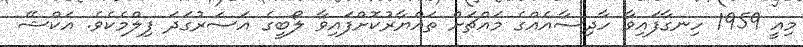
މިއީ 1959 ހިނގާފައިވާ ހާދިސާއެއްގެ މައްޗަށް ތައްޔާރުކޮށްފައިވާ ލޯބީގެ އަސަރުގަދަ ފިލްމެކެވެ. އަކްޝޭ